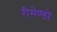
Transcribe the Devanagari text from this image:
रीमेण्डो